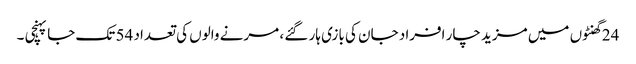
24 گھنٹوں میں مزید چار افراد جان کی بازی ہار گئے ، مرنے والوں کی تعداد 54 تک جا پہنچی ۔